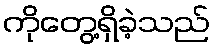
ကိုတွေ့ရှိခဲ့သည်